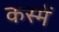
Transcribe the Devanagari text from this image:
कस्में